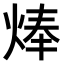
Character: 𤊡